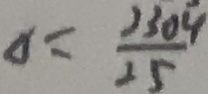
\Delta = \frac { 2 3 0 4 } { 2 5 }